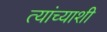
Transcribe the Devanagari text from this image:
त्‍यांच्‍याशी